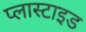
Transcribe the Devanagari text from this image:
प्लास्टाइड